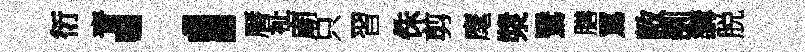
衍青；曆祉廟只習侏剪麾漿鷖膳罵敝訓講脱